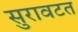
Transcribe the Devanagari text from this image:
सुरावटत